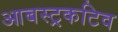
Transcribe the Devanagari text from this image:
आबस्ट्रकटिव